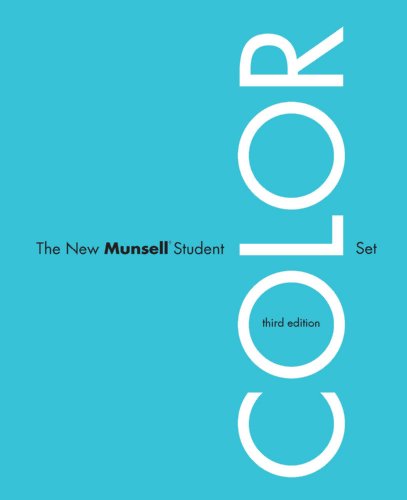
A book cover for The New MunsellÂ® Student Color Set 3rd Edition; Jim Long; Arts & Photography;